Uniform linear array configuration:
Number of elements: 4
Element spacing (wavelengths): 0.75
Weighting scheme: hann
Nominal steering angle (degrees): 30
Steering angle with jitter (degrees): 28.119
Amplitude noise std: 0.05
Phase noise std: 0.05

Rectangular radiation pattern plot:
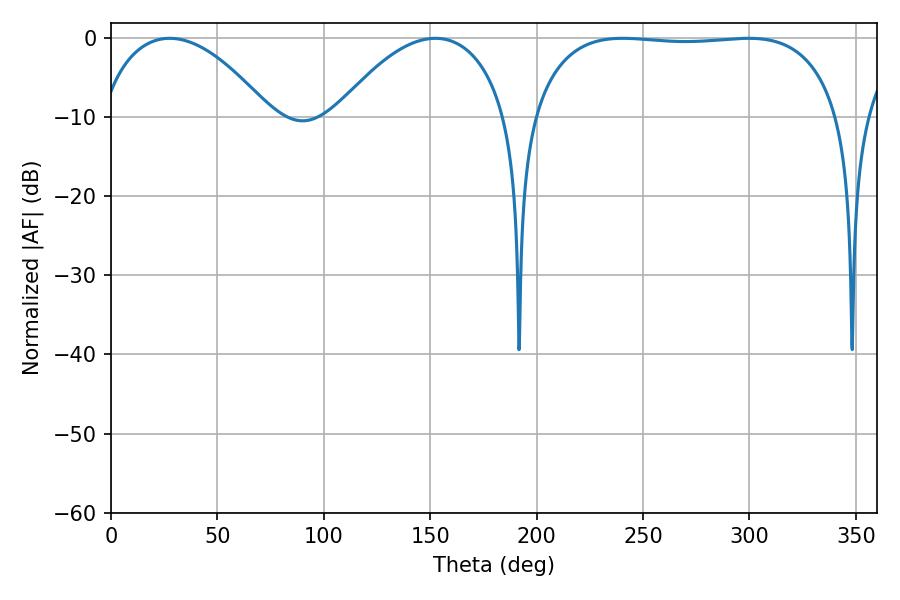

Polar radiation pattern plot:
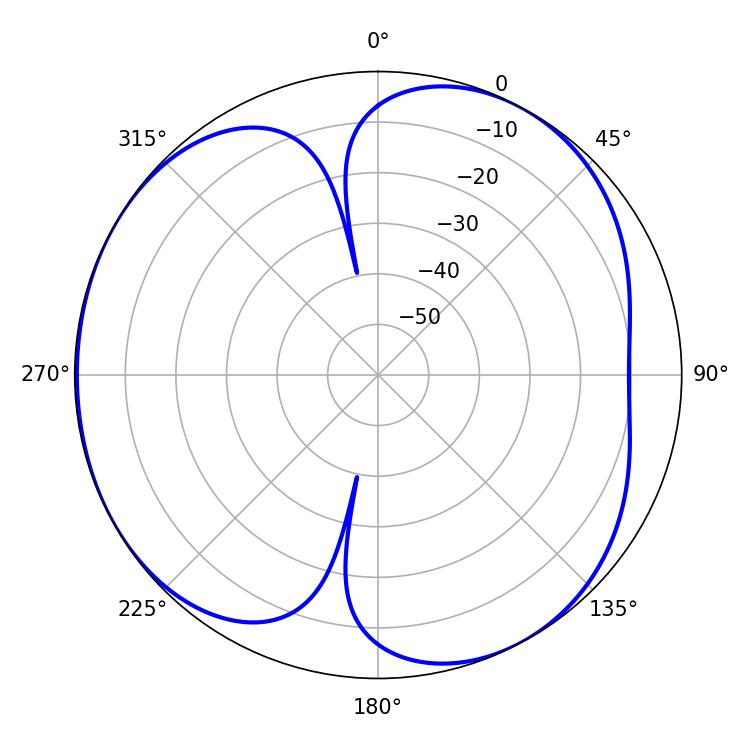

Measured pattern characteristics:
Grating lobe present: TRUE
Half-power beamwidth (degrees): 114.84
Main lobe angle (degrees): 240.48